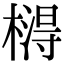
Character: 𣙵